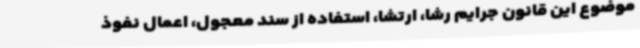
موضوع این قانون جرایم رشا، ارتشا، استفاده از سند معجول، اعمال نفوذ